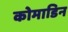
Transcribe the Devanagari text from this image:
कोमाडिन